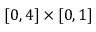
\left[ 0 , 4 \right] \times \left[ 0 , 1 \right]